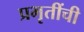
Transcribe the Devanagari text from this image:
प्रभृतींची